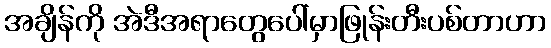
အချိန်ကို အဲဒီအရာတွေပေါ်မှာဖြုန်းတီးပစ်တာဟာ